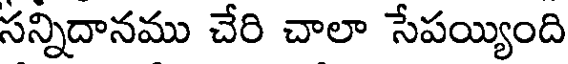
సన్నిదానము చేరి చాలా సేపయ్యింది